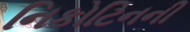
નિકોટિનની